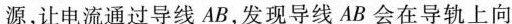
源，让电流通过导线AB，发现导线AB会在导轨上向